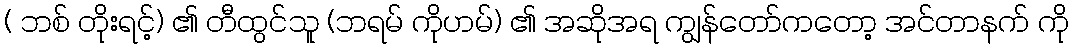
( ဘစ် တိုးရင့်) ၏ တီထွင်သူ (ဘရမ် ကိုဟမ်) ၏ အဆိုအရ ကျွန်တော်ကတော့ အင်တာနက် ကို